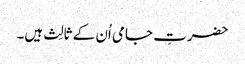
حضرتِ جامی اُن کے ثالِث ہیں۔